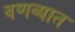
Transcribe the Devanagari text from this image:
वणव्यात